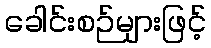
ခေါင်းစဉ်များဖြင့်